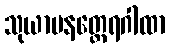
သုယာမနတ္ထေရဂါထာ